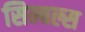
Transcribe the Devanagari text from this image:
सिम्बल्स